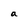
Character: a